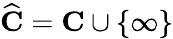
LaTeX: {\widehat{\mathbf{C}}}=\mathbf{C}\cup\{ \infty\}